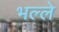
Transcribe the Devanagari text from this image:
भल्ले